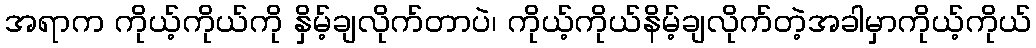
အရာက ကိုယ့်ကိုယ်ကို နှိမ့်ချလိုက်တာပဲ၊ ကိုယ့်ကိုယ်နိမ့်ချလိုက်တဲ့အခါမှာကိုယ့်ကိုယ်